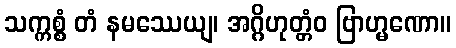
သက္ကစ္စံ တံ နမဿေယျ၊ အဂ္ဂိဟုတ္တံဝ ဗြာဟ္မဏော။